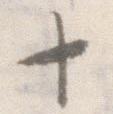
十